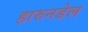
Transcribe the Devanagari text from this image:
हारुनडेल